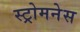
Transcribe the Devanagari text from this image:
स्ट्रोमनेस